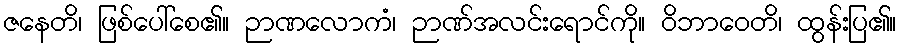
ဇနေတိ၊ ဖြစ်ပေါ်စေ၏။ ဉာဏလောကံ၊ ဉာဏ်အလင်းရောင်ကို။ ဝိဘာဝေတိ၊ ထွန်းပြ၏။